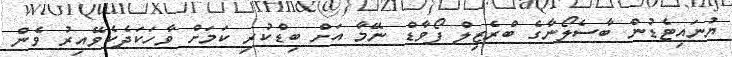
ޔުނައިޓެޑުން ބާސެލޯނާގެ ބްރެޒިލް ފޯވާޑް ނޭމާ އަށް ބިޑްކުރި ކަމަށް ވާހަކަދެކެވޭއިރު ވެން